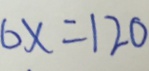
6 x = 1 2 0